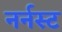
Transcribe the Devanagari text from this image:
नर्नस्ट